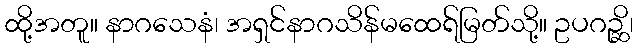
ထို့အတူ။ နာဂသေနံ၊ အရှင်နာဂသိန်မထေရ်မြတ်သို့။ ဥပဂဉ္ဆိ၊